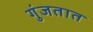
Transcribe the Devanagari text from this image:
गुंजतात